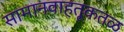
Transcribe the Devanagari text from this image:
सामानवाहतूकतळ